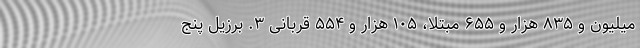
میلیون و ۸۳۵ هزار و ۶۵۵ مبتلا، ۱۰۵ هزار و ۵۵۴ قربانی ۳. برزیل پنج